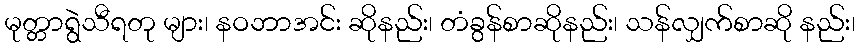
မုတ္တာရွဲသီရတု များ၊ နဝဘာအင်း ဆိုနည်း၊ တံခွန်စာဆိုနည်း၊ သန်လျှက်စာဆို နည်း၊